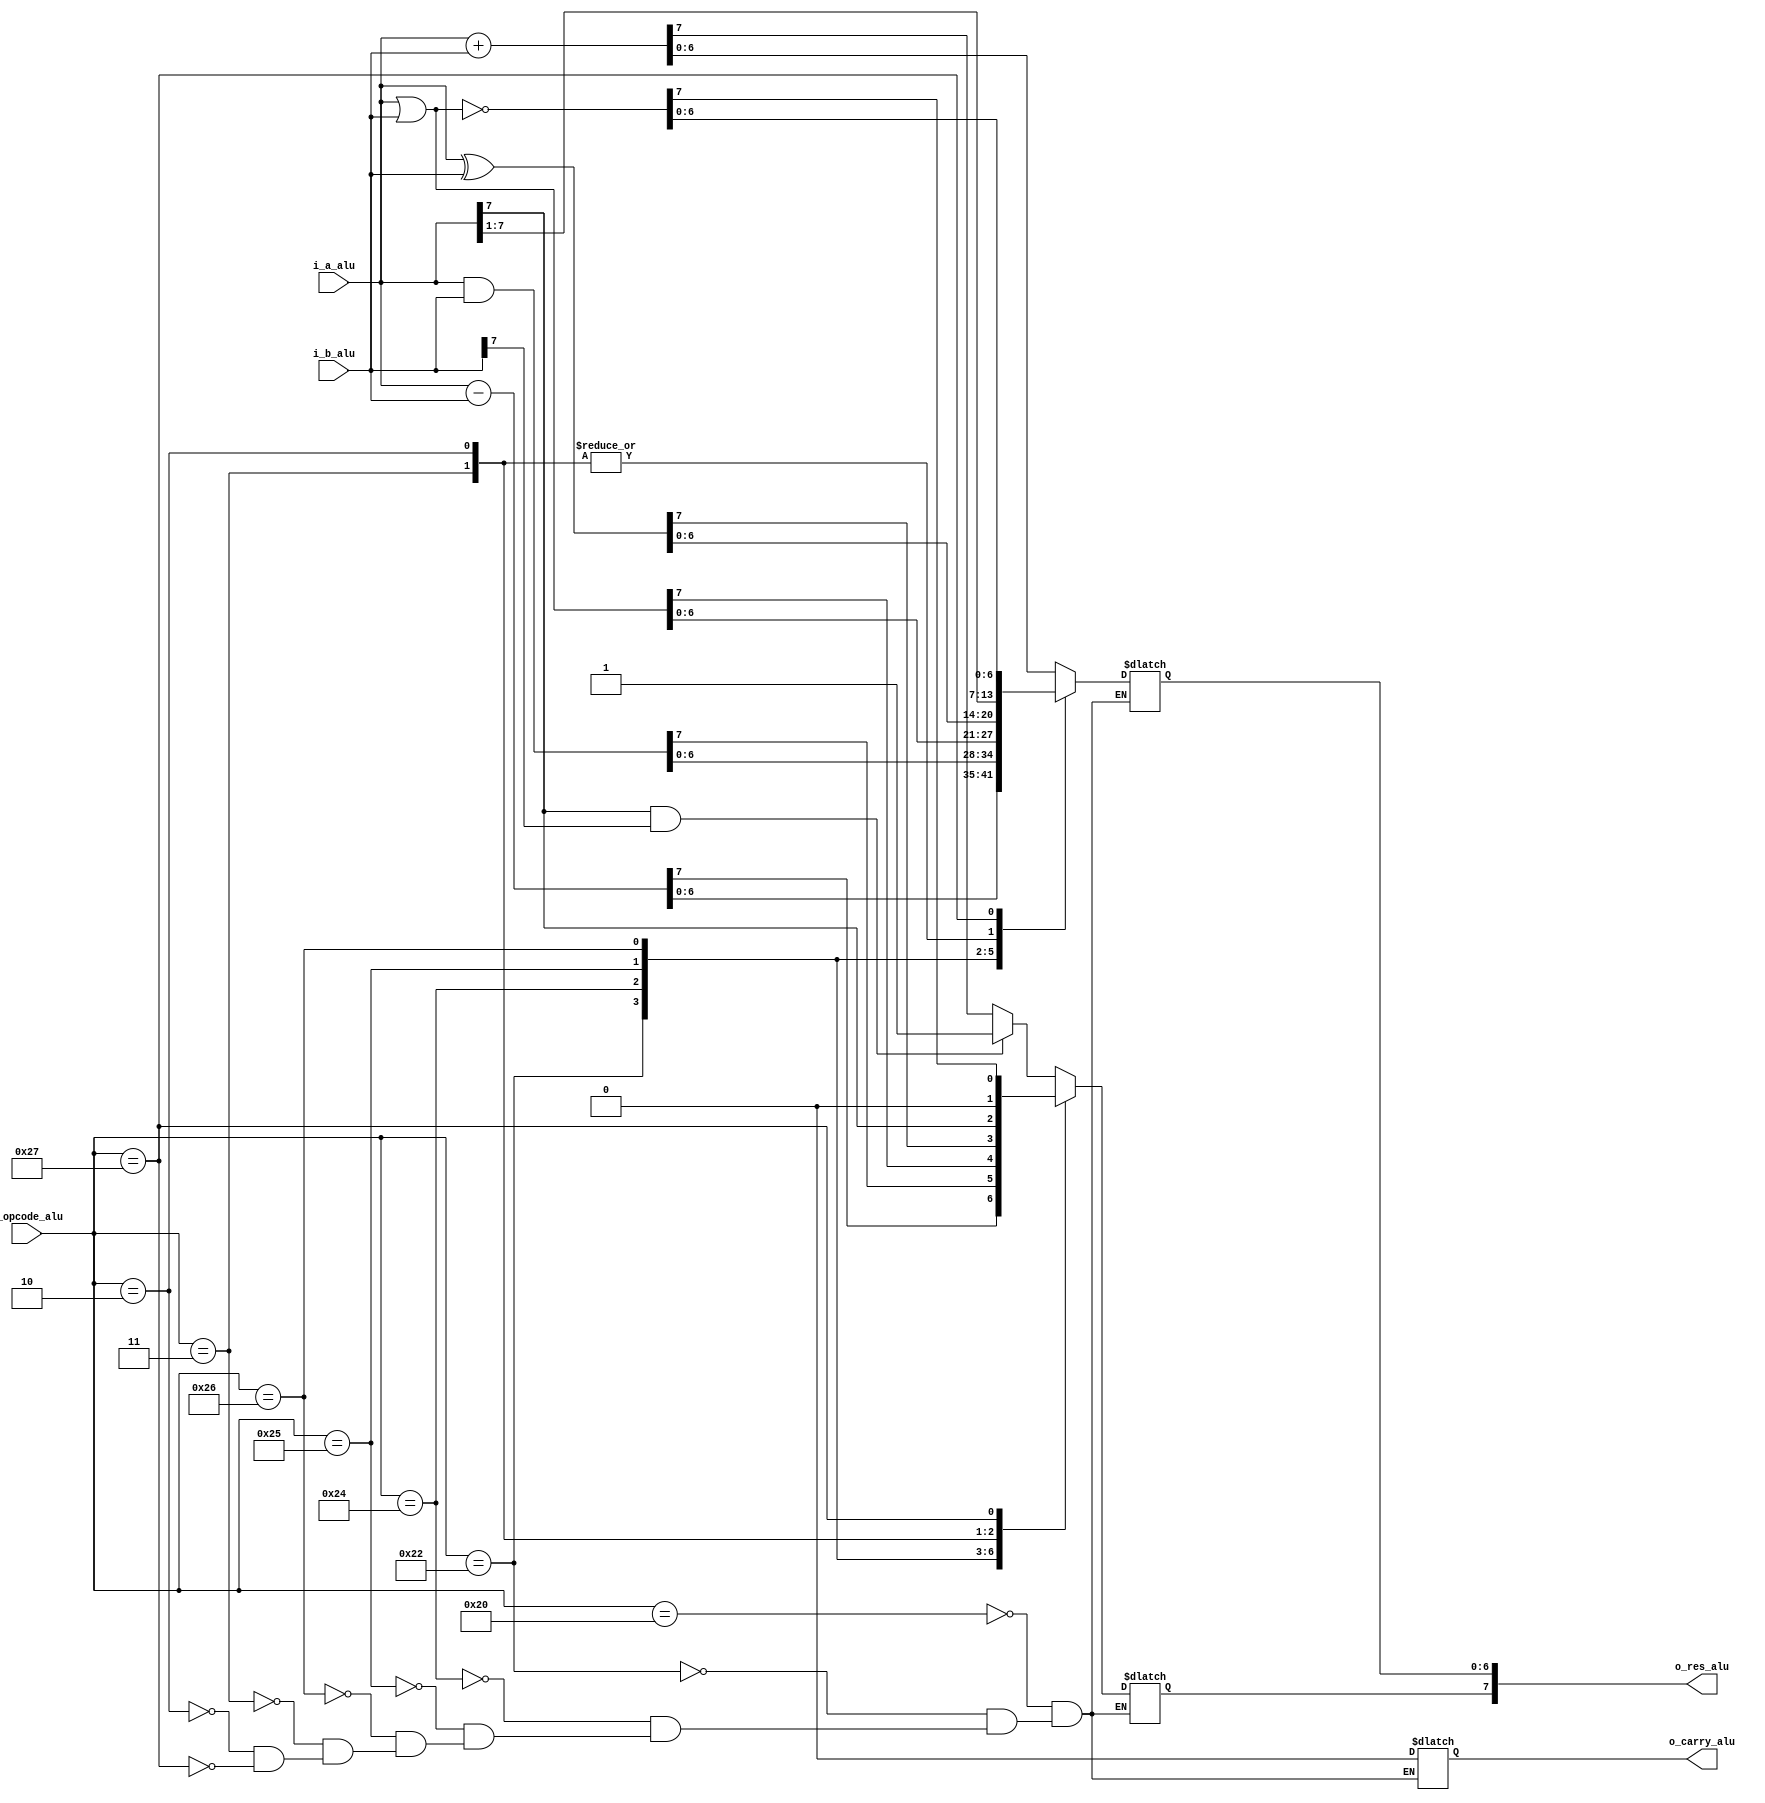
`timescale 1ns / 1ps
//////////////////////////////////////////////////////////////////////////////////
// Company: 
// 
// Design Name: 
// Module Name: ALU
// Project Name: PipeLine
// Target Devices: 
// Tool Versions: 
// Description: 
// 
// Dependencies: 
// 
// Revision:
// Revision 0.01 - File Created
// Additional Comments:
// 
//////////////////////////////////////////////////////////////////////////////////


module ALU
#(
    parameter SIZE= 8

)
(
    input wire signed  [(SIZE-1):0] i_a_alu,
    input wire signed [(SIZE-1):0] i_b_alu,
    input wire [5:0] i_opcode_alu,
    output wire signed [(SIZE-1):0] o_res_alu,
    output wire o_carry_alu
    );

localparam ADD  =    6'b100000;
localparam SUB  =    6'b100010;
localparam AND  =    6'b100100;
localparam OR   =    6'b100101;
localparam XOR  =    6'b100110;
localparam SRA  =    6'b000011;
localparam SRL  =    6'b000010;
localparam NOR  =    6'b100111;


reg carry;
reg signed [(SIZE-1):0] res;
assign o_res_alu = res;
assign  o_carry_alu = carry;


/*
 A wire solo se puede asignar con una asignacin de bloqueo continuo. Las asignaciones no bloqueantes ( <= ) solo se pueden hacer a reg . Si las asignaciones de reg s que la unidad done cambian de bloqueo ( = ) a no bloqueo ( <= ), debera ser el resultado deseado.
Una asignacin sin bloqueo hace una evaluacin inmediata con una actualizacin retrasada. Esto permite evaluar los valores correctos sin afectar la evaluacin de una expresin dependiente. Nota: la actualizacin retrasada est en el programador de pasos de tiempo verilog; no tendr un retraso visible en la forma de onda.
Use las asignaciones no bloqueantes en reg que desea tratar como un flop. Cualquier reg usado para la lgica combinacional o la generacin de reloj debe usar el bloqueo. Habr condiciones de carrera si el bloqueo no se utiliza para la lgica combinacional o el reloj. 
*/


always @(*) //i_opcode_alu, i_a_alu, i_b_alu (?)

begin
    case(i_opcode_alu)

                         
        ADD: begin

             res <= i_a_alu + i_b_alu ; 
             carry <= (  res[SIZE-1]  ^ i_a_alu[SIZE-1] ^ i_b_alu [SIZE-1] ) & res[SIZE-1]; // si el msb es 1 hay carry y prendemos el led carry
           
            if ((i_a_alu[SIZE-1] & i_b_alu [SIZE-1]) == 1 ) //Cuando los dos operandos son negativos; el bit de signo permanece negativo
                 res[SIZE-1] <=1'b1;
                 carry <=1'b0;
             //si a y b son positivos y res me quedo negativo hubo carry
             end
        SUB: begin    
            carry <=1'b0;
            res <= i_a_alu - i_b_alu ;
            end
        AND: begin
            carry <=1'b0;
            res <= i_a_alu & i_b_alu ;
            end
        OR : begin
            carry <=1'b0;
            res <= i_a_alu | i_b_alu ;
            end
        XOR: begin
            carry <=1'b0;
            res <= i_a_alu ^ i_b_alu ;
            end
        SRA: begin
            carry <=1'b0;
            res <= i_a_alu >>> 1 ;
            end
        SRL: begin    
            carry <=1'b0;
            res <= i_a_alu >>  1 ;
            end
        NOR: begin
            carry <=1'b0;   
            res <= ~(i_a_alu | i_b_alu );
            end 
        //default: res <= {SIZE{0}};
    endcase
end


      
endmodule